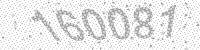
Solution: 160081